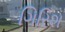
ગિરિશ